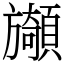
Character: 䫯